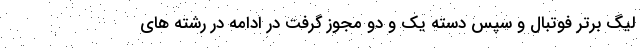
لیگ برتر فوتبال و سپس دسته یک و دو مجوز گرفت در ادامه در رشته های